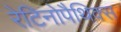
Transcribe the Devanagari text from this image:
रेटिनोपैथिक्स